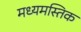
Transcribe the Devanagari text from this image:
मध्यमस्तिक